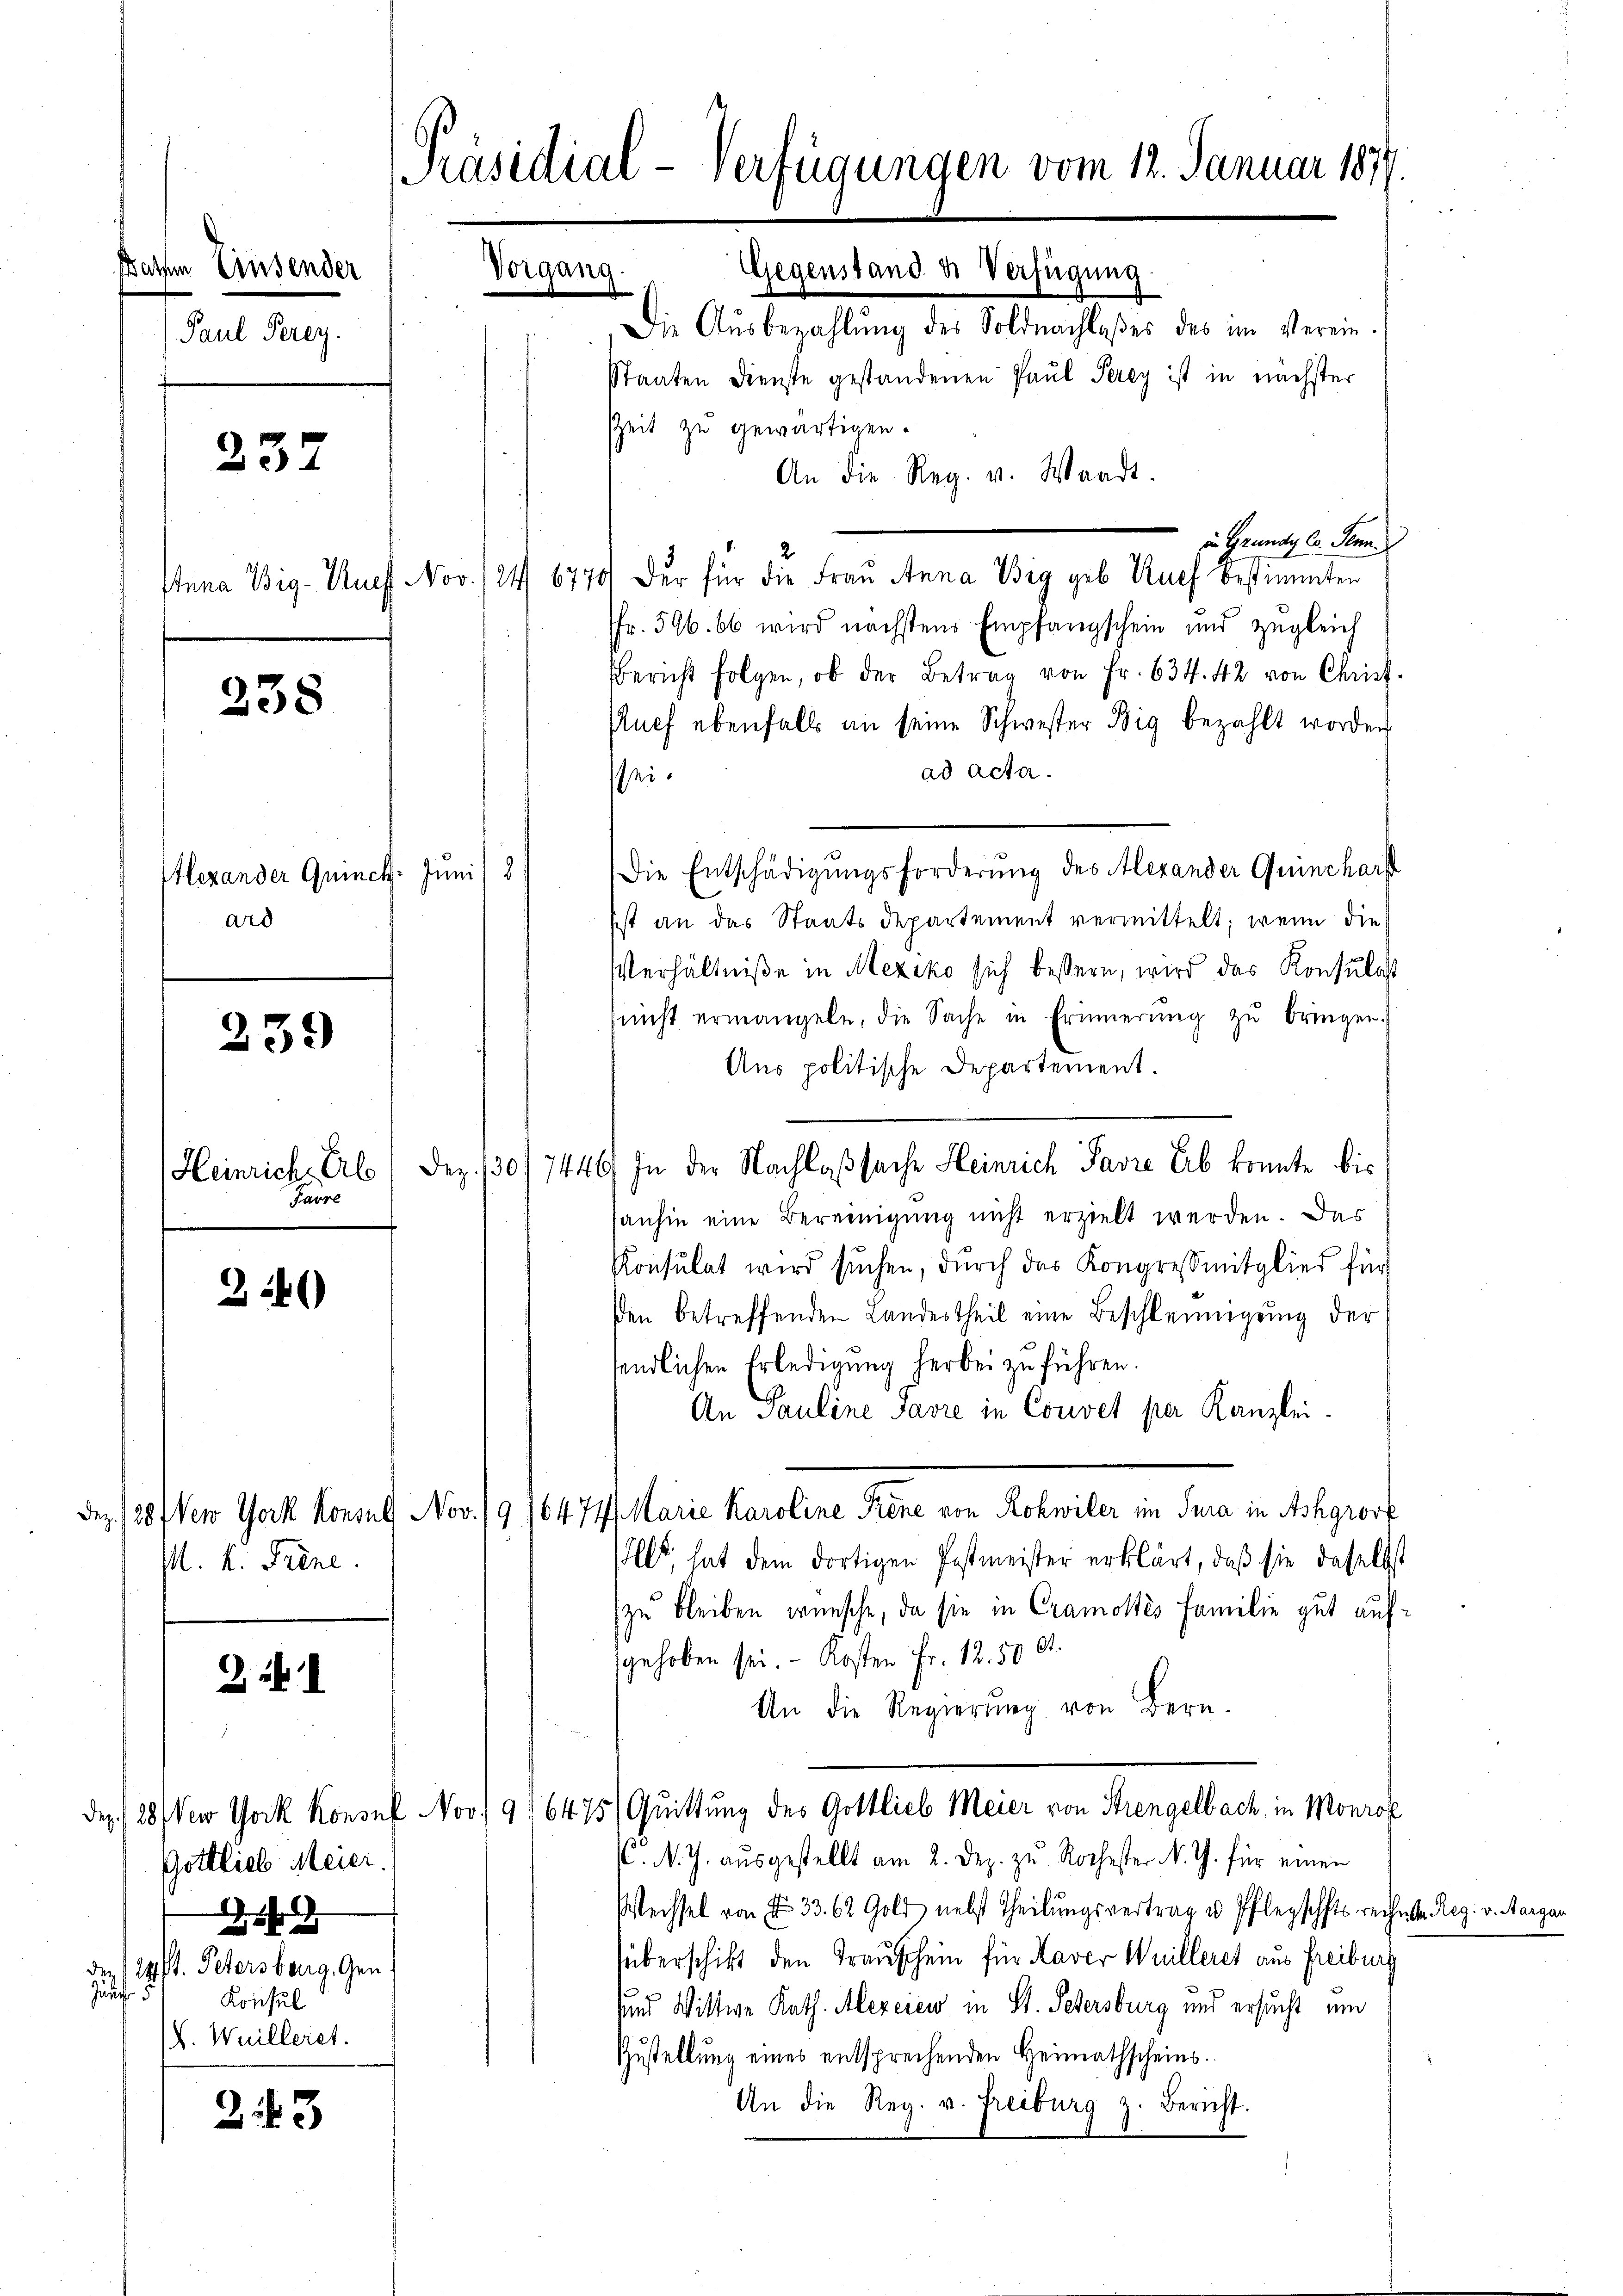
Rathen Einsender
Paul Perey.

237

238

Alexander Quinch. Juni
ard

239

Favre

26)

M. K. Frene

Göttlieb Meier.
)

de 14 t. Petersberg, Gen
Zunft 5
Konsul
V. Weilleret.

213

[Präsidial-Verfügungen vom 12. Januar 1877.
Vorgang.
Gegenstand u. Verfügung

Die Aŭsbezahlŭng des Soldnachlaßes des im Verein-
Staaten Dienste gestandenen Paul Perey ist in nächster
Zeit zu gewärtigen.
An die Reg. v. Waadt.
in Grundy Co. Jenn
Stana Wig- Auff Nov. 124. 6770 der für die Frau Anna Wig geb. Ruef bestimmten
fr. 596. 66 wird nächstens Empfangschein und zugleich
Bericht folgen, ob der Betrag von Fr. 634. 42 von Chrich
Auch ebenfalls an seine Schwester Big bezahlt worden
ad acta.
ssei¬
2
Die Entschädigungsforderung des Alexander Quincharf
Ist an das Staatsdepartement vermittelt; wenn die
Verhältniße in Mexiko sich bessern, wird das Konsulat
nicht ermangeln, die Sache in Erinnerŭng zŭ bringen.
Aus politische Departement.
Heinrich, Erb 1 Dez. 1301 7446/ In der Nachlaßsache Heinrich Pavre Erb konnte bis
sanhin eine Bereinigung nicht erzielt werden. Das
Konsulat wird sŭchen, dŭrch das Kongressmitglied für
den betreffenden Landestheil eine Beschleunigung der
endlichen Erledigung herbei zu führen.
An Pauline Javre in Couvel per Kanzlei-
Dez. 128 New York Konsul Nov. 19 16474. Marie Karoline Frene von Rohwiler im Jura in Ashgros
lt, hat dem dortigen Postmeister erklärt, daß sie daselbst
zu bleiben wünsche, da sie in Cramoltés Familie gut aufgehoben sei. - Kosten Fr. 12. 500.
An die Regierung von Bern.
des. 128 (New York Konsul Nov. 916475) Quittung des Gottlieb Meier von Strengelbach in Monrof
C. M. J. ausgestellt am 2. Dez. zu. Kochester N. Z. für einen
Wechsel von Fr. 33. 62 Gold nebst Theilungsvertrag u. Pflegschhts reichneten Reg. v. Aargau
überschikt den Trauschein für Haver Weilleres aus Freiburg
und Wittwe Kath. Alexciew in St. Petersburg und ersucht und
Zustellung eines entsprechenden Heimathscheins.
An die Reg. v. Freiburg z. Bericht.